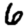
Digit: 6